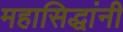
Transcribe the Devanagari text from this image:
महासिद्धांनी